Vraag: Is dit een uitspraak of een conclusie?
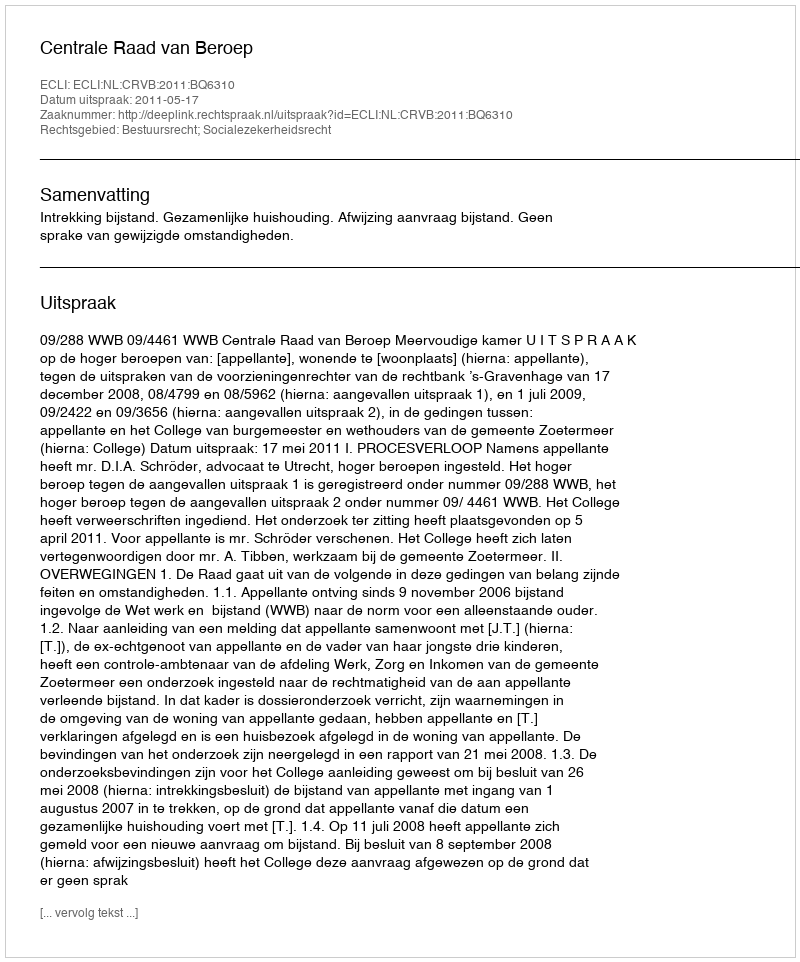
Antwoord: Uitspraak